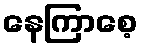
နေကြာစေ့